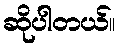
ဆိုပါတယ်။